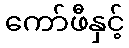
ကော်ဖီနှင့်